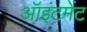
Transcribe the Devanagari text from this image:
ऑइंटमेंट